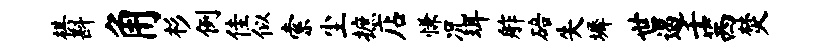
棋斟角杉例佳似索尘摭店慊况珥舴碚失墀世遏壬茜焚